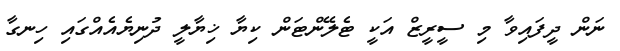
ނަން ދީފައިވާ މި ސީރީޒް އަކީ ޓެލޭންޓަން ކިޔާ ޚިޔާލީ ދުނިޔެއެއްގައި ހިނގާ